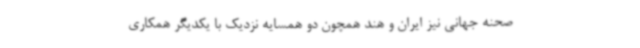
صحنه جهانی نیز ایران و هند همچون دو همسایه نزدیک با یکدیگر همکاری